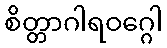
စိတ္တာဂါရဝဂ္ဂေါ